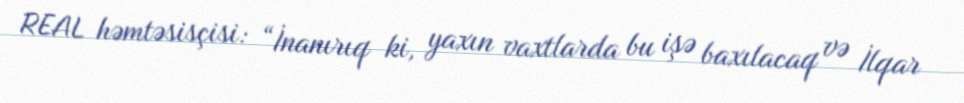
REAL həmtəsisçisi: “İnanırıq ki, yaxın vaxtlarda bu işə baxılacaq və İlqar